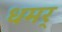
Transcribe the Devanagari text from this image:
धमर्